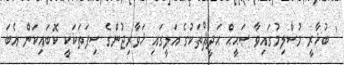
' ބުޚާރީ މުސްލިމުގައިވާ ޞަޙީޙް ޙަދީޘްތަކުގެ އަލީގައި ޚަވާރިޖުންގެ ސިފަތަކަކީ ކޮބައިކަން އެބަ